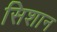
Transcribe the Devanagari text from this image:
सिशान